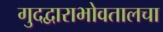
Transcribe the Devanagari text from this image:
गुदद्वाराभोवतालचा